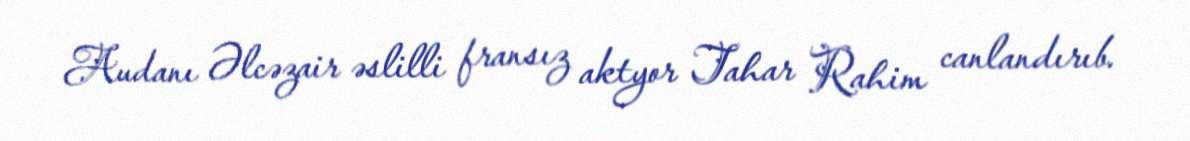
Audanı Əlcəzair əslilli fransız aktyor Tahar Rahim canlandırıb.